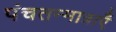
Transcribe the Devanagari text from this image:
पंचतन्मात्राएँ